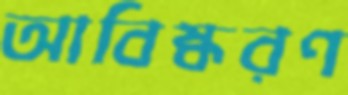
আবিষ্করণ